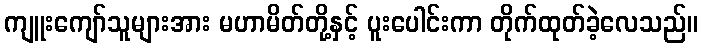
ကျူးကျော်သူများအား မဟာမိတ်တို့နှင့် ပူးပေါင်းကာ တိုက်ထုတ်ခဲ့လေသည်။